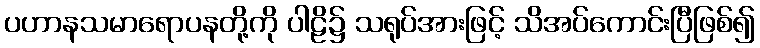
ပဟာနသမာရောပနတို့ကို ပါဠိ၌ သရုပ်အားဖြင့် သိအပ်ကောင်းပြီဖြစ်၍